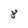
Character: 8